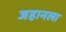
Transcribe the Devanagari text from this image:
जहानला